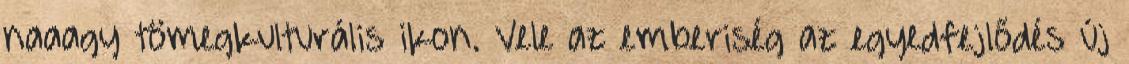
naaagy tömegkulturális ikon. Vele az emberiség az egyedfejlődés új